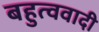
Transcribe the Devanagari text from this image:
बहुत्ववादी